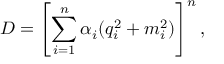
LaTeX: D = \left[ \sum _ { i = 1 } ^ { n } \alpha _ { i } ( q _ { i } ^ { 2 } + m _ { i } ^ { 2 } ) \right] ^ { n } ,